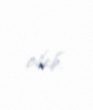
olub.